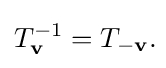
T_{\mathbf {v} }^{-1}=T_{-\mathbf {v} }.\!